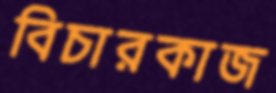
বিচারকাজ